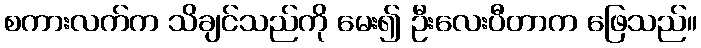
စကားလက်က သိချင်သည်ကို မေး၍ ဦးလေးပီတာက ဖြေသည်။